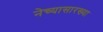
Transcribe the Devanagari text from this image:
नेच्यासारख्या